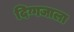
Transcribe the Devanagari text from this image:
दिग्गजाला